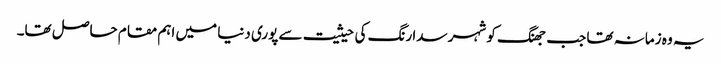
یہ وہ زمانہ تھا جب جھنگ کو شہر سدا رنگ کی حیثیت سے پوری دنیا میں اہم مقام حاصل تھا۔